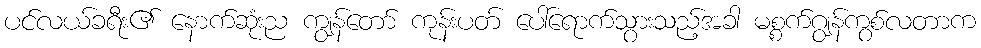
ပင်လယ်ခရီး၏ နောက်ဆုံးည ကျွန်တော် ကုန်းပတ် ပေါ်ရောက်သွားသည့်အခါ မစ္စက်ဂျွန်ကွစ်လတာက